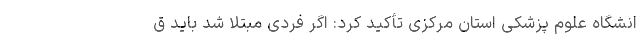
انشگاه علوم پزشکی استان مرکزی تأکید کرد: اگر فردی مبتلا شد باید ق